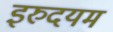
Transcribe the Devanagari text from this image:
इरुदयम